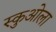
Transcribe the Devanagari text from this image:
स्कुओला